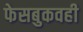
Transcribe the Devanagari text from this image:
फेसबुकवही